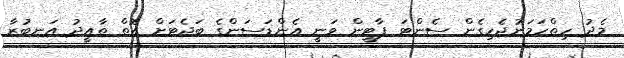
މެދު ހިތްހަމަނުޖެހިގެން ސެންޓަ ޕާޓީން ވަނީ އެންޑަސަންގެ ބަޖެޓަށް އޮތް ތާއީދު އަނބުރާ